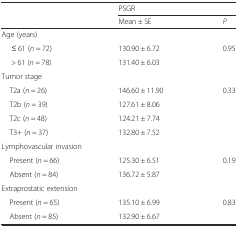
| <ROWSPAN=2>  | <COLSPAN=2> PSGR |
 | Mean ± SE | P |
 | --- | --- | --- |
 | <COLSPAN=3> Age (years) |
 | ≤ 61 (n = 72) | 130.90 ± 6.72 | 0.95 |
 | > 61 (n = 78) | 131.40 ± 6.03 |  |
 | <COLSPAN=3> Tumor stage |
 | T2a (n = 26) | 146.60 ± 11.90 | 0.33 |
 | T2b (n = 39) | 127.61 ± 8.06 |  |
 | T2c (n = 48) | 124.21 ± 7.74 |  |
 | T3+ (n = 37) | 132.80 ± 7.52 |  |
 | <COLSPAN=3> Lymphovascular invasion |
 | Present (n = 66) | 125.30 ± 6.51 | 0.19 |
 | Absent (n = 84) | 136.72 ± 5.87 |  |
 | <COLSPAN=3> Extraprostatic extension |
 | Present (n = 65) | 135.10 ± 6.99 | 0.83 |
 | Absent (n = 85) | 132.90 ± 6.67 |  |